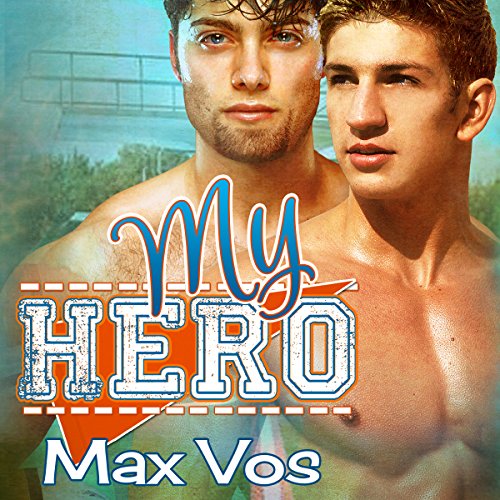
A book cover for My Hero; Max Vos; Romance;